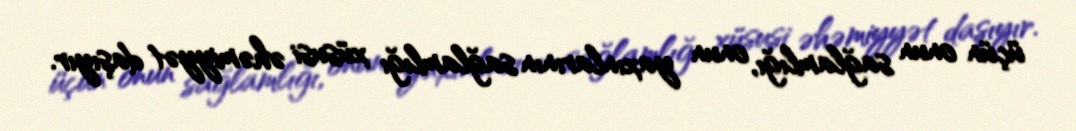
üçün onun sağlamlığı, onun yaxınlarının sağlamlığı xüsusi əhəmiyyət daşıyır.